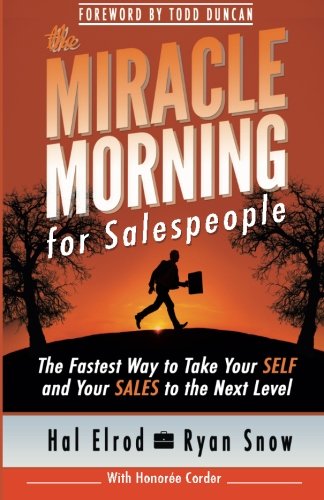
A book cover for The Miracle Morning for Salespeople: The Fastest Way to Take Your SELF and Your SALES to the Next Level (The Miracle Morning Book Series) (Volume 3); Hal Elrod; Business & Money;